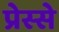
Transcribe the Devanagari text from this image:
प्रेस्से